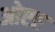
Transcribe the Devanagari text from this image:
ओएए